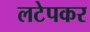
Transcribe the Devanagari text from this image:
लटेपकर